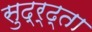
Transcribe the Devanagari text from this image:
सुद्र्ढ्ता